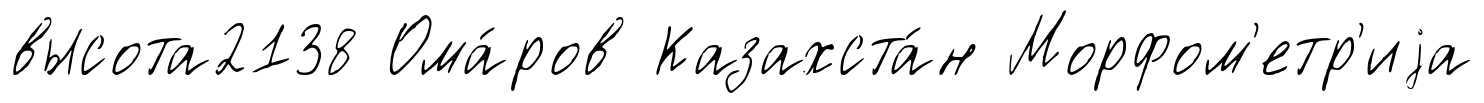
высота2138 Ома́ров Казахста́н Морфом'етр'иjа